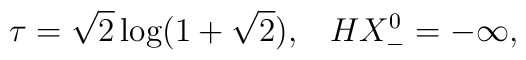
\tau=\sqrt{2}\log(1+\sqrt{2}),\;\;\;HX^0_-=-\infty,